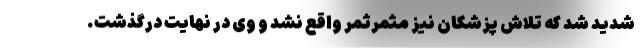
شدید شد که تلاش پزشکان نیز مثمرثمر واقع نشد و وی در نهایت درگذشت.